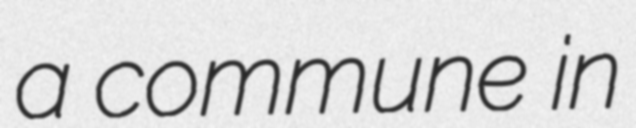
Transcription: a commune in